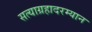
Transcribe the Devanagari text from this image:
सत्याग्रहादरम्यान